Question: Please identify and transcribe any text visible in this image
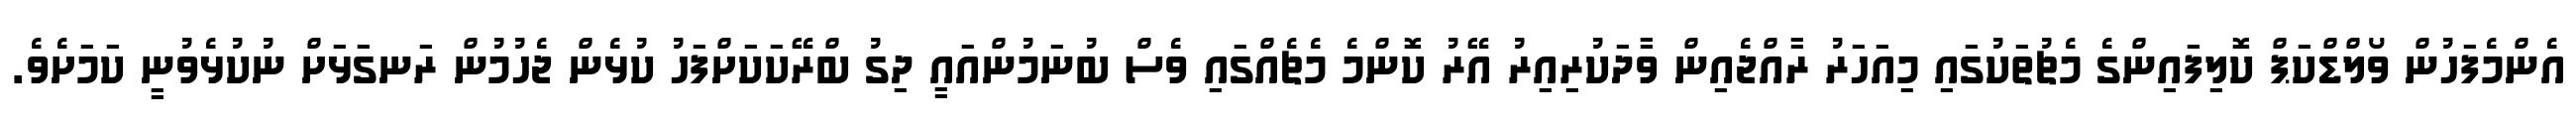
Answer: އެންމެފަހުން ވޯލްޑްކަޕް ކޮލިފައިންގެ މެޗުތަކުގައި މިއަހަރު ރާއްޖެއިން ވާދަކުރިއިރު އޭރު ކޮންމެ މެޗެއްގައި ވެސް ބުނަމުންއައީ ދިގު ބްރޭކަކަށްފަހު ކުޅެން ޖެހުމުން ރަނގަޅަށް ނުކުޅެވުނީ ކަމަށެވެ.